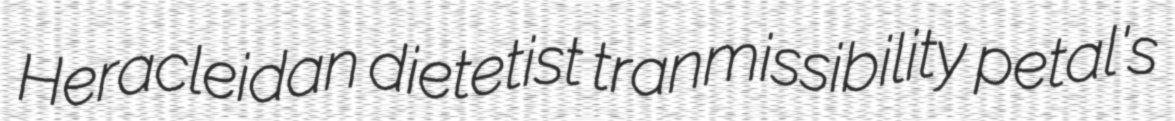
Heracleidan dietetist tranmissibility petal's